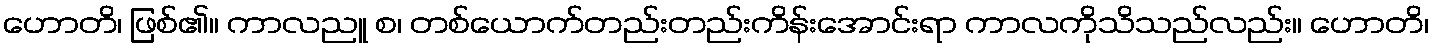
ဟောတိ၊ ဖြစ်၏။ ကာလညူ စ၊ တစ်ယောက်တည်းတည်းကိန်းအောင်းရာ ကာလကိုသိသည်လည်း။ ဟောတိ၊